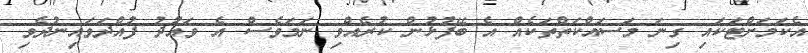
އެކަމަށްޓަކައި ގިނަ މަސައްކަތްތަކެއް އެ ބޭފުޅުން ކުރެއްވި ނަމަވެސް އެ ވައުދު ފުއްދަވައިނުދެވި